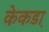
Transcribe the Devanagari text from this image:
केकडा़